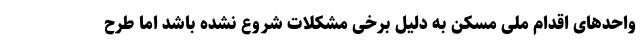
واحدهای اقدام ملی مسکن به دلیل برخی مشکلات شروع نشده باشد اما طرح